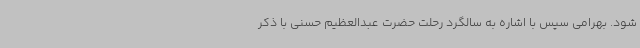
شود. بهرامی سپس با اشاره به سالگرد رحلت حضرت عبدالعظیم حسنی با ذکر